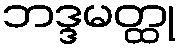
ဘဒ္ဒမတ္ထု